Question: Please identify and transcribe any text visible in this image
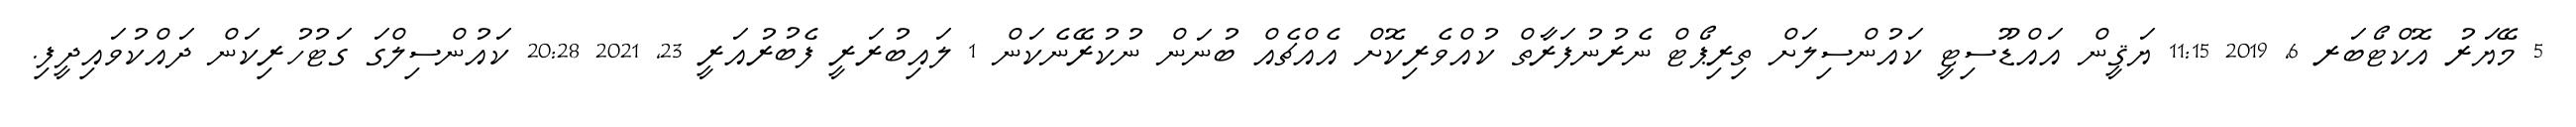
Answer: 5 މޭޔަރު އޮކްޓޯބަރ 6, 2019 11:15 ޔަޤީން އައްޑޫސިޓީ ކައުންސިލަށް ތިރިޕޯޓް ނެރުނުފަރާތް ކުއްވެރިކޮށް އެއްޗެއް ބުނަން ނުކުރޭނެކަން 1 ލައިބުރަރީ ފެބުރުއަރީ 23, 2021 20:28 ކައުންސިލްގަ ގަޓުހުރިކަން ދައްކުވައިދީފި.